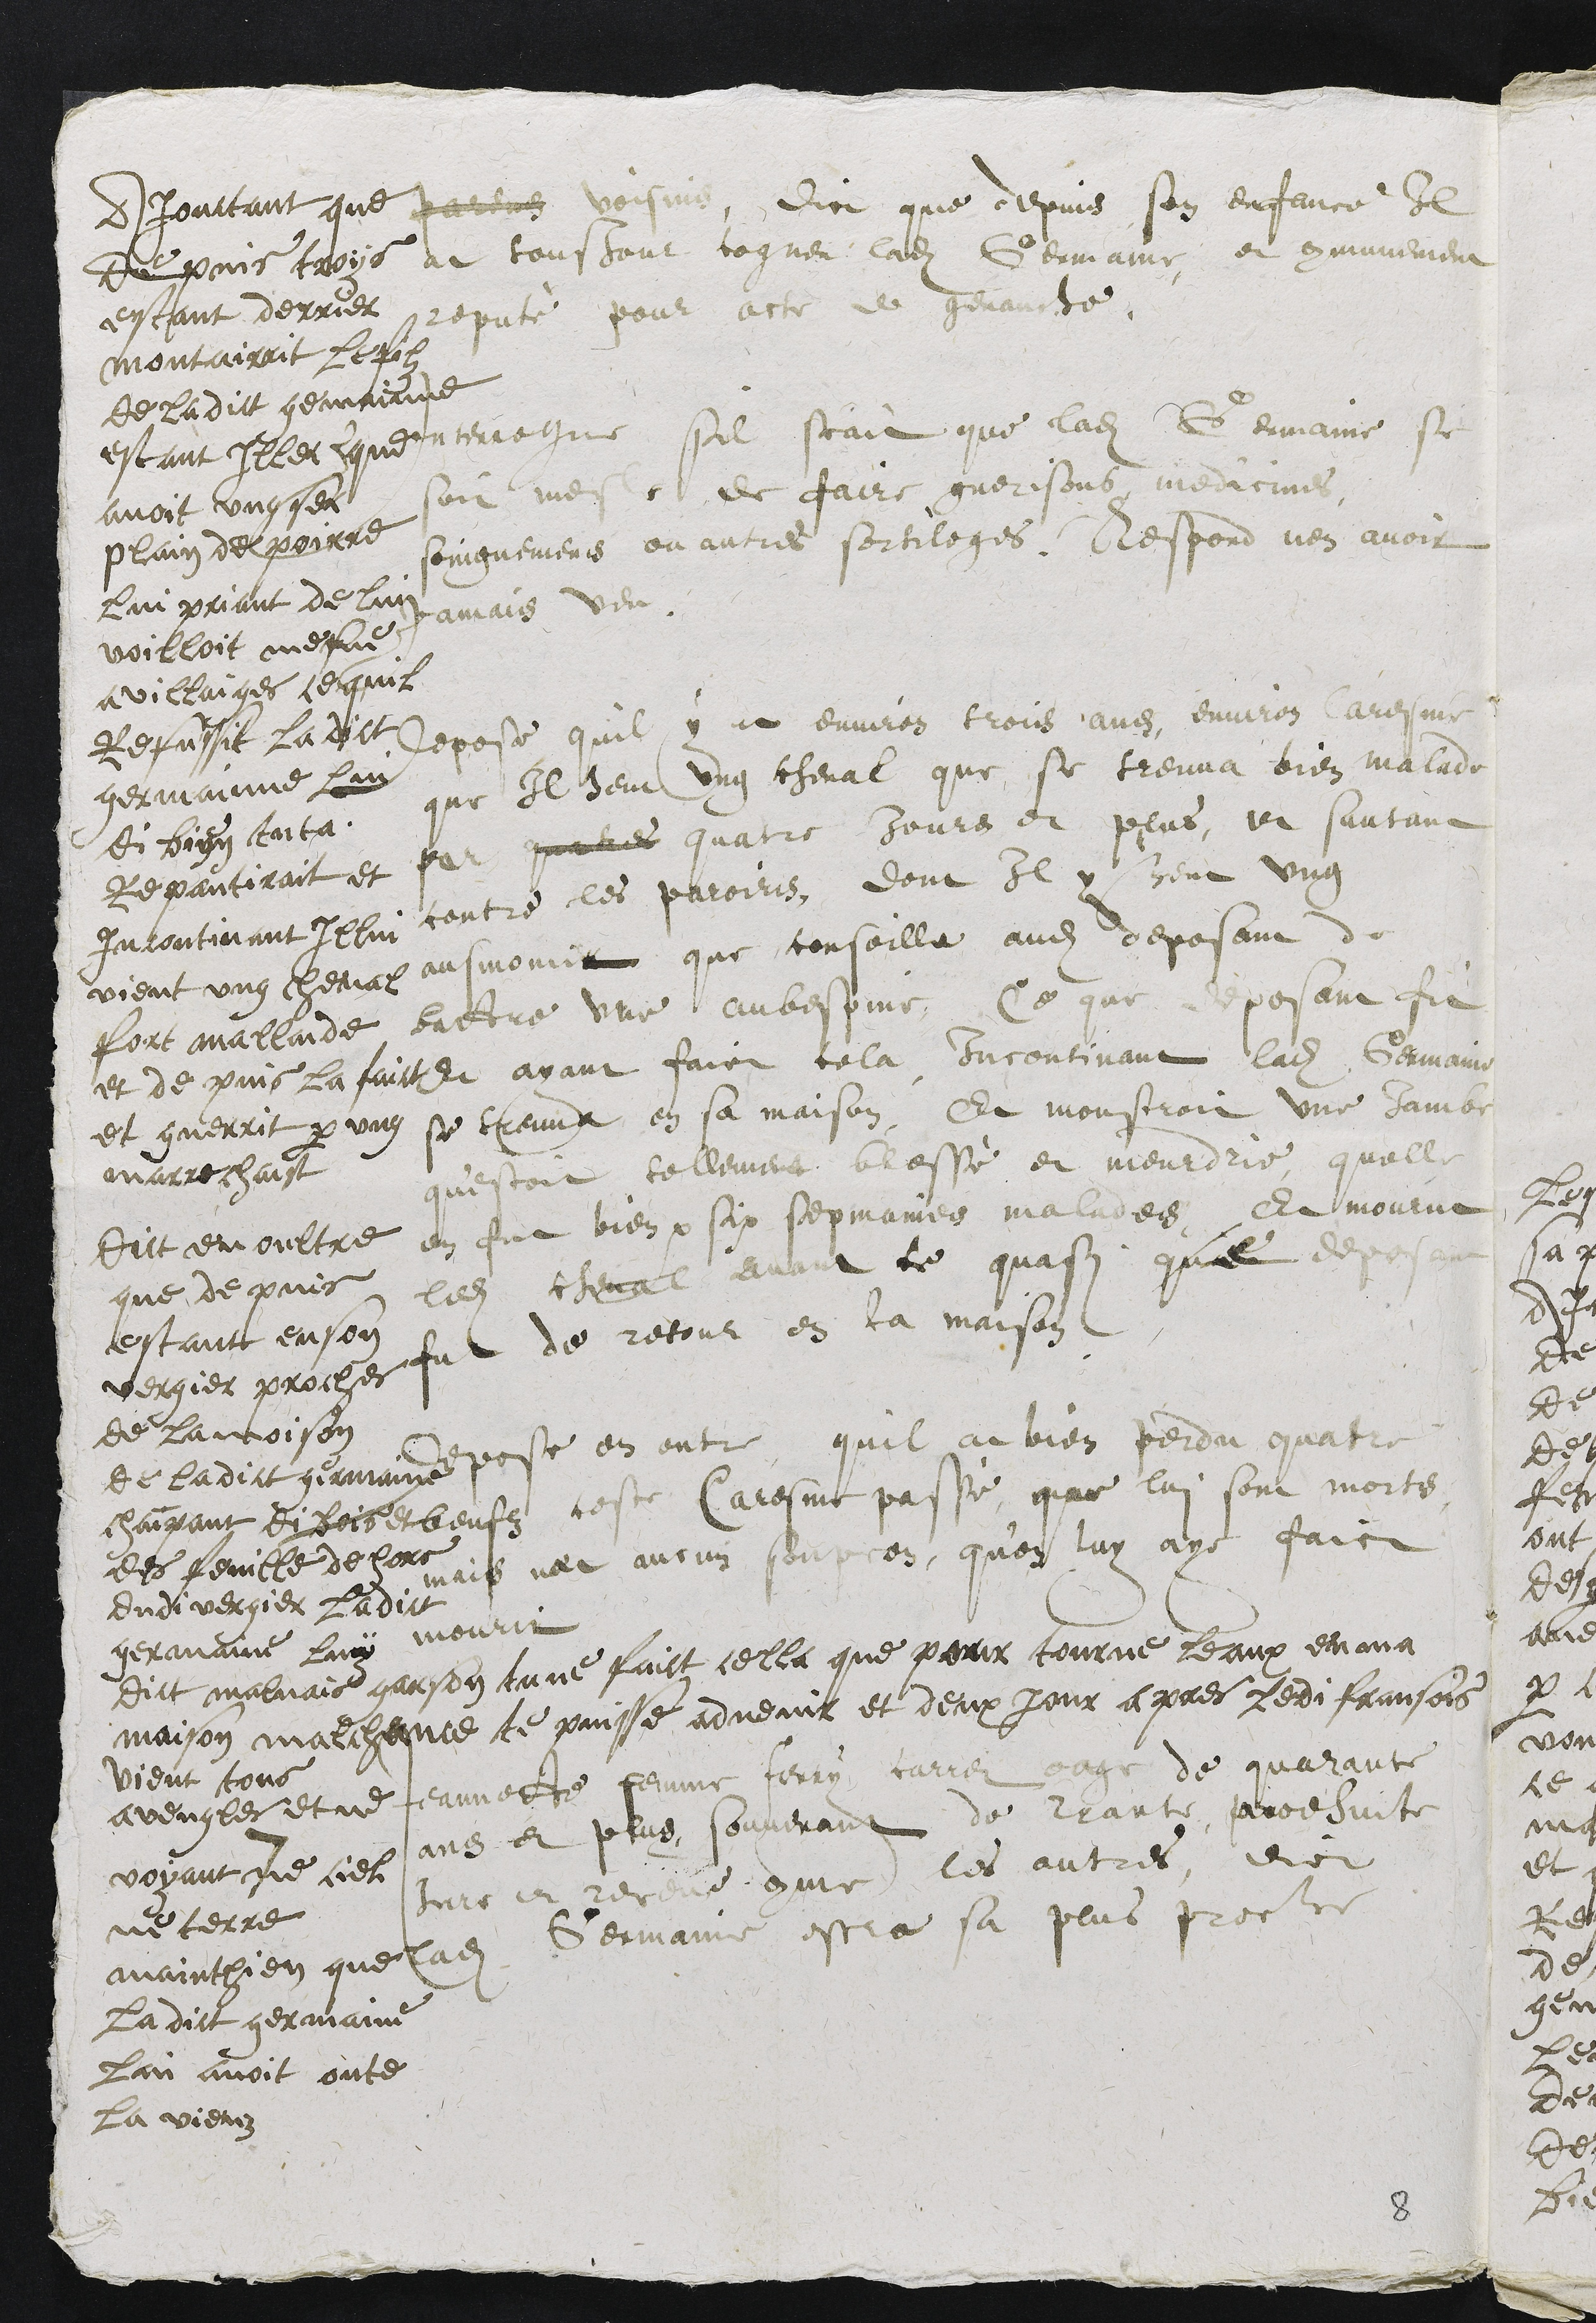
parens voisins, dict que depuis son enfance Il
at tousjour cogneu ladite Germaine, et communement
reputé pour acte de genauche.
Ajourtant que
depuis troys
estant derrier
montairrit le filz
de ladict gemainne
estant Illec que
avoit ung sec
plain de poirre
lui priant de lui
voilloit mesne
a villaiges ce quil
Refussit La dict
germainne lui
di bien tu ta
Repantiroit et
Incontinant Illui
vient ung cheval
fort mallade
et de puis la faict
et guerrit par ung
marrechaist
Interrogue sil scait que ladite Germaine se
soit mesle de faire guerisons, medicines,
soingnemens ou autres sortileges, Respond nen avoir
Jamais veu
Depose quil y at environ trois ans, environ Caresme
que Il heut ung cheval que se treuva bien malade
par queres quatre Jours et plus, et sautant
contre les paroirs, dont Il y heut ung
ausmonit que conseilla audit deposant de
battre une aubespine. Ce que deposant fit
Et ayant faict cela incontinant ladite Germaine
se treuva en sa maison Et monstroit une jambe
questoit tellement bressé et meurdrie, quelle
en fut bien par six sepmaines malades, Et mourut
ledit cheval avant ce quasi que deposant
fut de retour en la maison
Dict en oultre
que de puis
estant en son
vergier proches
de la maison
de ladict germaine
chaimpant di bois et
des feuille dehors
dudit vergier ladit
germaine luy
dict malvais garson tu ne faict cella que pour tourne leaux en ma
maison malchance te puisse advenir et deux jour apres ledi fransois
vient tous
aveugles et ne
voyant ne ciel
ne terre
mainthien que
La dict germaine
lan avoit oute
La vieuz
depose en outre quil a bien perdu quatre
beufz ceste Caresme passé, que lui sont morts
mais nat aucun soupcon, qu'on luy aye faict
mourir
7
Jeannette femme Ferry carrei eage de quarante
ans et plus souvenant de trante, prodhuite
Jure et receut comme les autres, dict
ladite Germaine estre sa plus proche

8